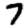
Digit: 7